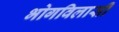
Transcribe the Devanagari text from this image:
भोगविलासी